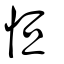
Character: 恆